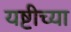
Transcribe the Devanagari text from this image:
यष्टीच्या